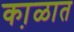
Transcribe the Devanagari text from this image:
का़ळात